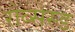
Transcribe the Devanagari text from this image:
रौब्सेस्ड